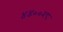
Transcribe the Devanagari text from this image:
४४००२८